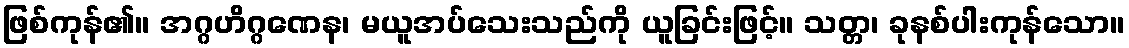
ဖြစ်ကုန်၏။ အဂ္ဂဟိဂ္ဂဏေန၊ မယူအပ်သေးသည်ကို ယူခြင်းဖြင့်။ သတ္တ၊ ခုနစ်ပါးကုန်သော။